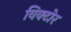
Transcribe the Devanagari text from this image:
विक्टोर